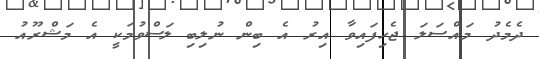
ދެމެދު މައްސަލަ ޖެހިފައިވާ އިރު އެ ބިން ނުލިބި ލަސްވުމަކީ އެ މަޝްރޫއު